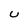
Character: U